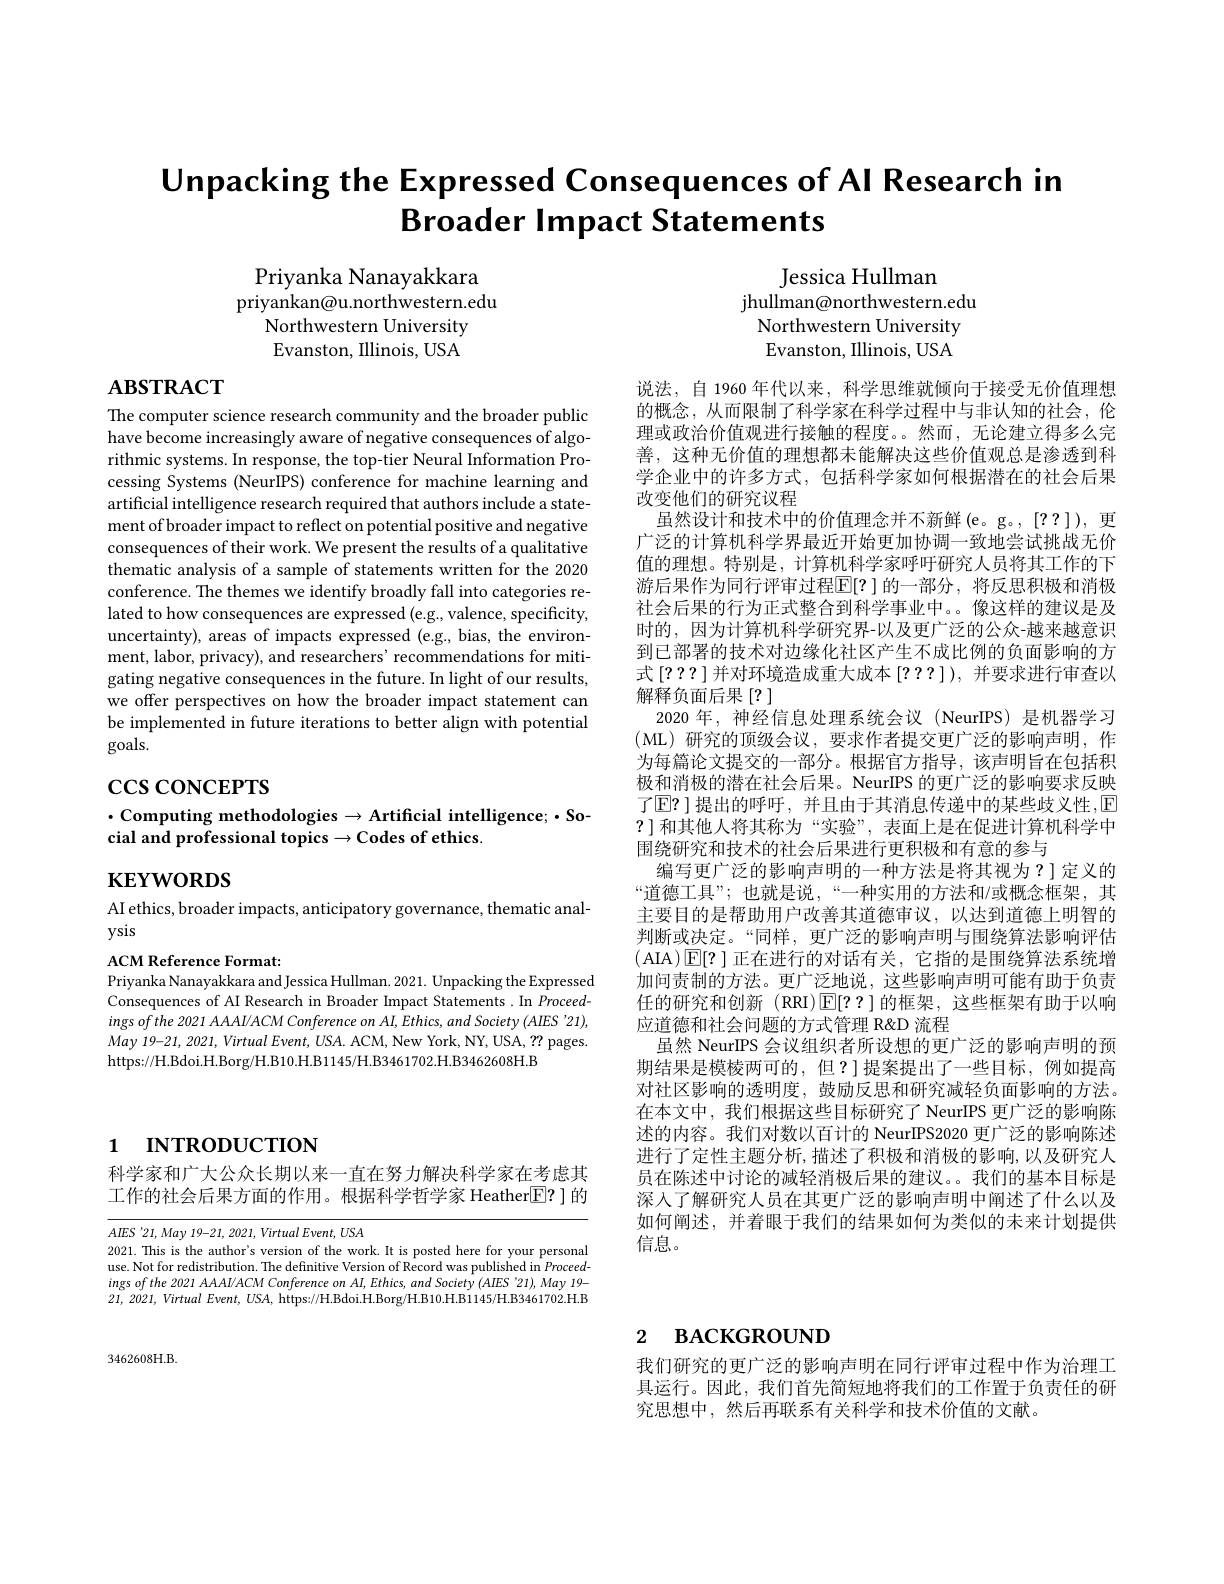
Unpacking the Expressed Consequences of Al Research in
Broader Impact Statements

Priyanka Nanayakkara
$\dot{\text{priyankan@u.northwestern.edu}}$
Northwestern University Evanston, Illinois, USA
$$\text{Jessica Hullman}\\\text{jhullman@northwestern.edu}\\\text{Northwestern University}\\\text{Evanston, Illinois, USA}$$
# $\mathbf{ABSTRACT}$

The computer science research community and the broader public have become increasingly aware of negative consequences of algorithmic systems. In response, the top-tier Neural Information Processing Systems (NeurIPS) conference for machine learning and artificial intelligence research required that authors include a statement of broader impact to reflect on potential positive and negative consequences of their work. We present the results of a qualitative thematic analysis of a sample of statements written for the 2020 conference. The themes we identify broadly fall into categories related to how consequences are expressed (e.g., valence, specificity, uncertainty), areas of impacts expressed (e.g., bias, the environment, labor, privacy), and researchers' recommendations for mitigating negative consequences in the future. In light of our results, we offer perspectives on how the broader impact statement can be implemented in future iterations to better align with potential goals.

$\csc$coNCEPTS

说法，自 1960 年代以来，科学思维就倾向于接受无价值理想的概念，从而限制了科学家在科学过程中与非认知的社会，伦理或政治价值观进行接触的程度。。然而，无论建立得多么完善，这种无价值的理想都未能解决这些价值观总是渗透到科学企业中的许多方式，包括科学家如何根据潜在的社会后果改变他们的研究议程
虽然设计和技术中的价值理念并不新鲜(e。g。,[??]),更广泛的计算机科学界最近开始更加协调一致地尝试挑战无价值的理想。特别是，计算机科学家呼吁研究人员将其工作的下游后果作为同行评审过程$\mathbb{E}[?]$ 的一部分，将反思积极和消极社会后果的行为正式整合到科学事业中。。像这样的建议是及时的，因为计算机科学研究界-以及更广泛的公众-越来越意识到已部署的技术对边缘化社区产生不成比例的负面影响的方式[???]并对环境造成重大成本[???]),并要求进行审查以解释负面后果[?]
2020 年，神经信息处理系统会议 (NeurIPS) 是机器学习(ML)研究的顶级会议，要求作者提交更广泛的影响声明，作为每篇论文提交的一部分。根据官方指导，该声明旨在包括积极和消极的潜在社会后果。NeurIPS 的更广泛的影响要求反映了$\mathbb{E}?$ ]提出的呼吁，并且由于其消息传递中的某些歧义性$,\mathbb{E}$ ?]和其他人将其称为“实验”,表面上是在促进计算机科学中围绕研究和技术的社会后果进行更积极和有意的参与
编写更广泛的影响声明的一种方法是将其视为？]定义的“道德工具”; 也就是说，“一种实用的方法和/或概念框架，其主要目的是帮助用户改善其道德审议，以达到道德上明智的判断或决定。“同样，更广泛的影响声明与围绕算法影响评估(AIA)E[? ]正在进行的对话有关，它指的是围绕算法系统增加问责制的方法。更广泛地说，这些影响声明可能有助于负责任的研究和创新(RRI)$\operatorname{E}[??]$的框架，这些框架有助于以响应道德和社会问题的方式管理 R&D 流程
虽然 NeurIPS 会议组织者所设想的更广泛的影响声明的预期结果是模棱两可的，但？]提案提出了一些目标，例如提高对社区影响的透明度，鼓励反思和研究减轻负面影响的方法。在本文中，我们根据这些目标研究了 NeurIPS 更广泛的影响陈述的内容。我们对数以百计的 NeurIPS2020 更广泛的影响陈述进行了定性主题分析，描述了积极和消极的影响，以及研究人员在陈述中讨论的减轻消极后果的建议。我们的基本目标是深入了解研究人员在其更广泛的影响声明中阐述了什么以及如何阐述，并着眼于我们的结果如何为类似的未来计划提供信息。

## $\cdot$Computing methodologies$\to$Artificial intelligence;$\cdot$Social and professional topics $\to$Codes of ethics

$\mathbf{KEYWORDS}$

AI ethics, broader impacts, anticipatory governance, thematic anal-
ysis

ACM Reference Format:
Priyanka Nanayakkara and Jessica Hullman. 2021. Unpacking the Expressed Consequences of AI Research in Broader Impact Statements. In Proceed- $ingsofthe2021AAAAI/ACMConferenceonAI,Ethics,andSociety(AIES'21)$, May 19-21, 2021, Virtual Event, USA. ACM, New York, NY, USA, ?? pages. https://H.Bdoi.H.Borg/H.B10.H.B1145/H.B3461702.H.B3462608H.B

# 1 INTRODUCTION

科学家和广大公众长期以来一直在努力解决科学家在考虑其工作的社会后果方面的作用。根据科学哲学家 Heather$\boxed{\mathrm{E}}?$ ] 的

$AIES$ ' 21, May 19- 21, 2021, Virtual Event, USA
2021. This is the author's version of the work. It is posted here for your personal use. Not for redistribution. The definitive Version of Record was published in Proceed- $ingsofthe2021AAAI/ACMConferenceonAI,Ethics,andSociety(AIES'21),May$ 19- 21,2021, Virtual Event, USA, https://H.Bdoi.H.Borg/H.B10.H.B1145/H.B3461702.H.B

# 2 васкаюшими =0

3462608H.B

我们研究的更广泛的影响声明在同行评审过程中作为治理工具运行。因此，我们首先简短地将我们的工作置于负责任的研究思想中，然后再联系有关科学和技术价值的文献。